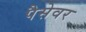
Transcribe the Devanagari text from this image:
पैसेवर